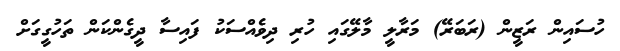
ހުސައިން ރަޒީން (ރަބަރޭ) މަރާލީ މާލޭގައި ހުރި ދިވެއްސަކު ފައިސާ ދީގެންކަން ތަހުގީގަށް